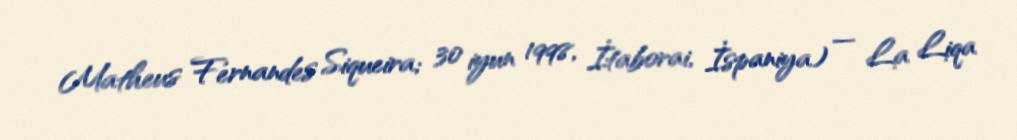
Matheus Fernandes Siqueira; 30 iyun 1998, İtaborai, İspaniya) — La Liqa